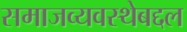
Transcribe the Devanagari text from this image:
समाजव्यवस्थेबद्दल